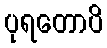
ပုရတောပိ